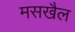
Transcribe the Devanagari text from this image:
मसखैल